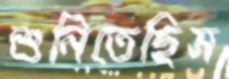
শুনিতেছিস